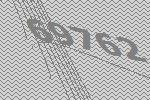
69762